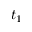
t _ { 1 }